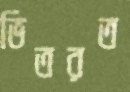
ভিতরত